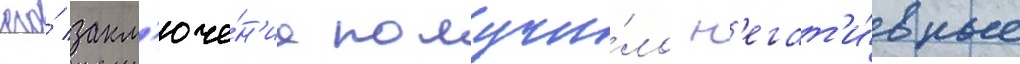
его́ закл'юче́н'ие получи́ло н'егат'и́вные